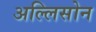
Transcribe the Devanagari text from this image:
अल्लिसोन